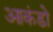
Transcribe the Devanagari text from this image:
आकंडो